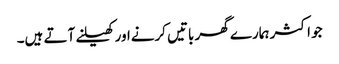
جو اکثر ہمارے گھر باتیں کرنےاور کھیلنے آتے ہیں۔